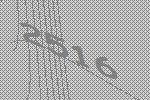
2516